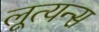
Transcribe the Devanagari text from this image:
लूत्यन्स